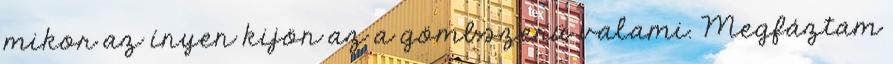
mikor az ínyen kijön az a gömbszerü valami. Megfáztam